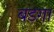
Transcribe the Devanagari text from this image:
बडगा